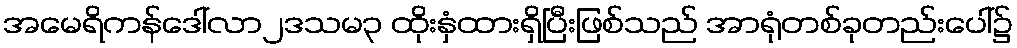
အမေရိကန်ဒေါ်လာ၂ဒသမ၃ ထိုးနှံထားရှိပြီးဖြစ်သည် အာရုံတစ်ခုတည်းပေါ်၌